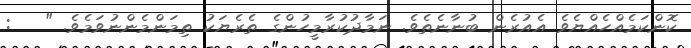
ކޮންކަމެއްހެއްޔެވެ އެއުރެން ބުނާނެތެވެ. ނަމާދުކުރާމީހުންގެ ތެރެޔަކު ތިމަންމެންނުވަމެވެ. "   :